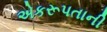
એકરૂપતાની